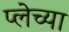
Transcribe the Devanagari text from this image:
प्लेच्या